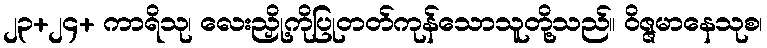
၂၃+၂၄+ ကာရိသု၊ လေးညှို့ကိုပြုတတ်ကုန်သောသူတို့သည်။ ဝိဇ္ဇမာနေသုစ၊